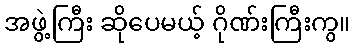
အဖွဲ့ကြီး ဆိုပေမယ့် ဂိုဏ်းကြီးကွ။